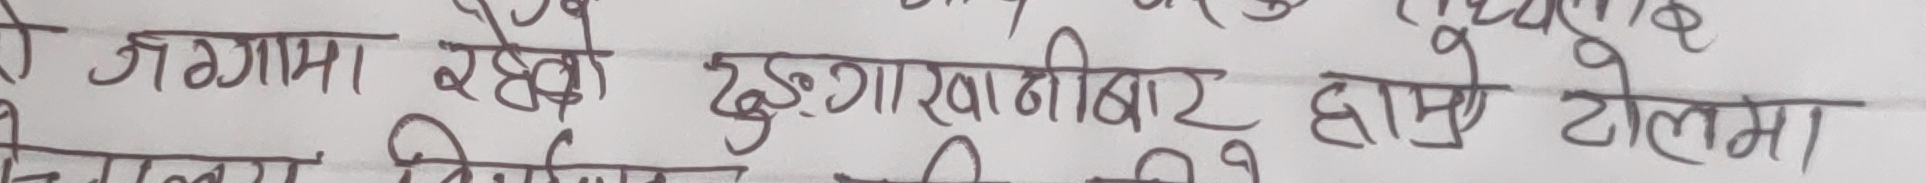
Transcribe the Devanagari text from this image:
जे गगामा रहेको ढुगाखांनीबार हासे टोलमा